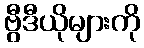
ဗွီဒီယိုများကို